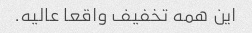
این همه تخفیف واقعا عالیه.